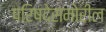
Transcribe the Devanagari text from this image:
परिषदेसमोरील